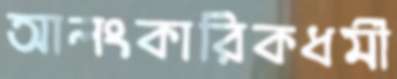
আলংকারিকধর্মী